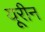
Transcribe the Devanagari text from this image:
यूरीन